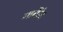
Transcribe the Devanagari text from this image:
मागैंरेट